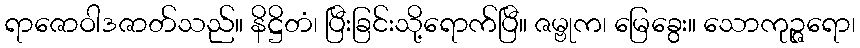
ရာဇောဝါဒဇာတ်သည်။ နိဋ္ဌိတံ၊ ပြီးခြင်းသို့ရောက်ပြီ။ ဇမ္ဗုက၊ မြေခွေး။ သောကုဉ္ဇရော၊